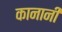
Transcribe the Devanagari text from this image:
कानानी